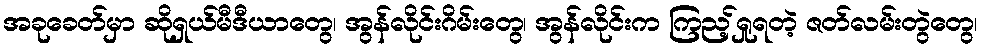
အခုခေတ်မှာ ဆိုရှယ်မီဒီယာတွေ၊ အွန်လိုင်းဂိမ်းတွေ၊ အွန်လိုင်းက ကြည့်ရှုရတဲ့ ဇတ်လမ်းတွဲတွေ၊